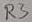
Text: R3